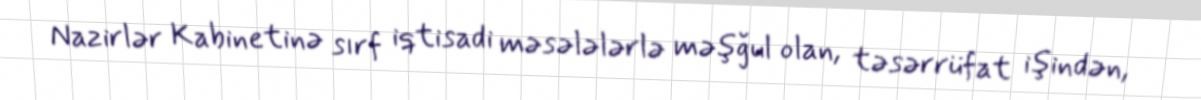
Nazirlər Kabinetinə sırf iqtisadi məsələlərlə məşğul olan, təsərrüfat işindən,